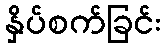
နှိပ်စက်ခြင်း